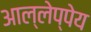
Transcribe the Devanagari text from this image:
आल्लेप्पेय